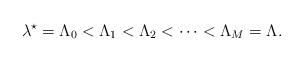
LaTeX: \begin{align*}\lambda^{\star} = \Lambda_0 < \Lambda_1 < \Lambda_2 < \dots < \Lambda_M = \Lambda.\end{align*}